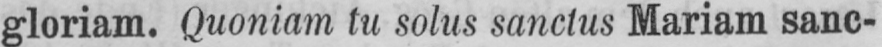
gloriam. Quoniam tu solus sanclus Mariam sanc-